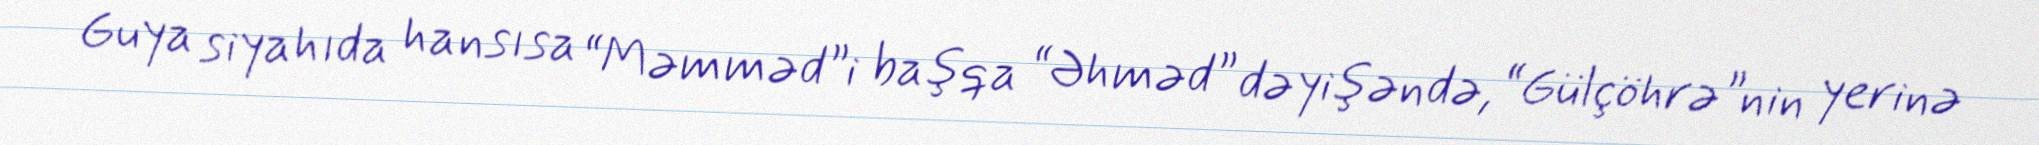
Guya siyahıda hansısa “Məmməd”i başqa “Əhməd” dəyişəndə, “Gülçöhrə”nin yerinə